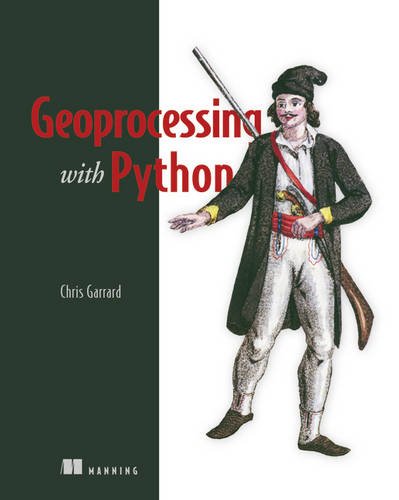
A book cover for Geoprocessing with Python; Chris Garrard; Computers & Technology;